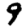
Digit: 9